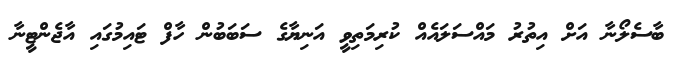
ބާސެލޯނާ އަށް އިތުރު މައްސަލައެއް ކުރިމަތިވީ އަނިޔާގެ ސަބަބުން ހާފް ޓައިމުގައި އާޖެންޓީނާ